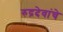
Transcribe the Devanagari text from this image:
रुद्रदेवांचे